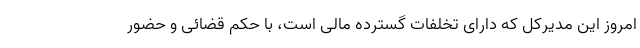
امروز این مدیرکل که دارای تخلفات گسترده مالی است، با حکم قضائی و حضور